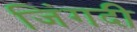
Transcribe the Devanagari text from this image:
जिंगदी